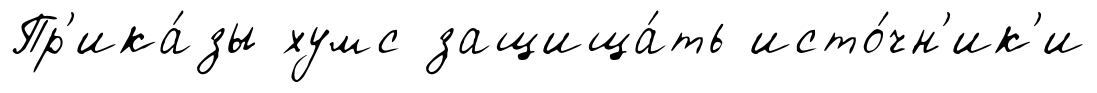
Пр'ика́зы хумс защища́ть исто́чн'ик'и